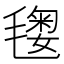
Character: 𣯲